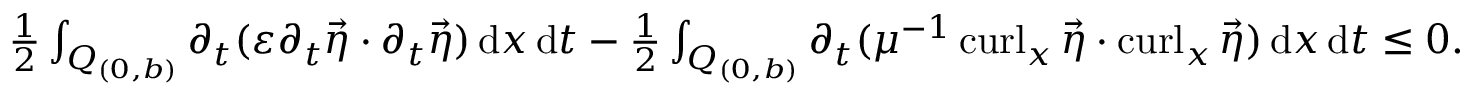
\begin{array} { r } { \frac { 1 } { 2 } \int _ { Q _ { ( 0 , b ) } } \partial _ { t } ( \varepsilon \partial _ { t } \vec { \eta } \cdot \partial _ { t } \vec { \eta } ) \, \mathrm d x \, \mathrm d t - \frac { 1 } { 2 } \int _ { Q _ { ( 0 , b ) } } \partial _ { t } ( \mu ^ { - 1 } \operatorname { c u r l } _ { x } \vec { \eta } \cdot \operatorname { c u r l } _ { x } \vec { \eta } ) \, \mathrm d x \, \mathrm d t \leq 0 . } \end{array}